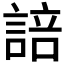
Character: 𮘟